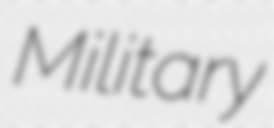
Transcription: Military